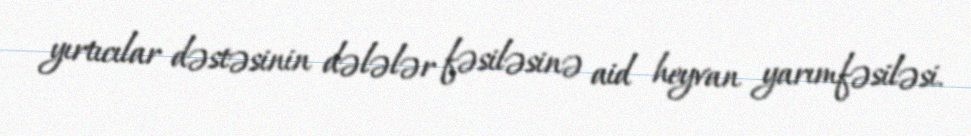
yırtıcılar dəstəsinin dələlər fəsiləsinə aid heyvan yarımfəsiləsi.